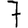
Digit: 7